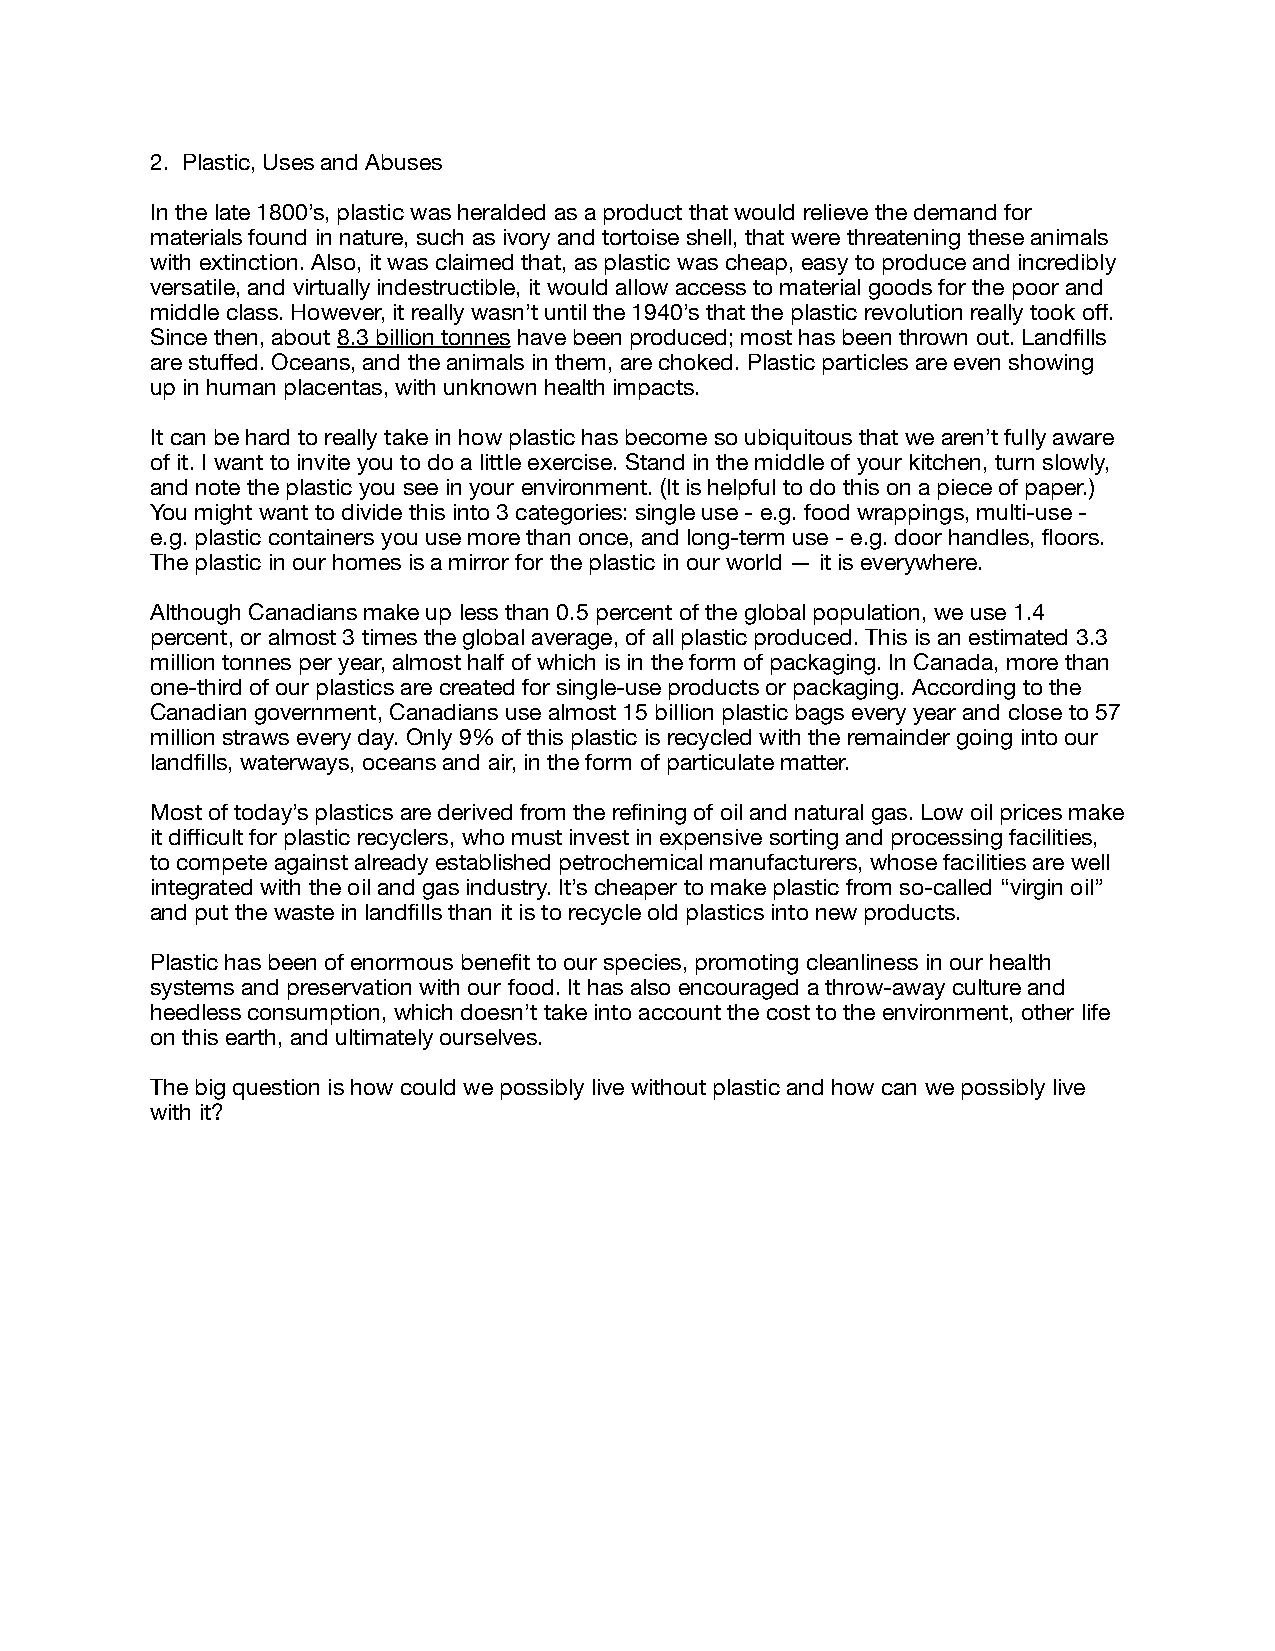
2. Plastic, Uses and Abuses
 In the late 1800’s, plastic was heralded as a product that would relieve the demand for
 materials found in nature, such as ivory and tortoise shell, that were threatening these animals
 with extinction. Also, it was claimed that, as plastic was cheap, easy to produce and incredibly
 versatile, and virtually indestructible, it would allow access to material goods for the poor and
 middle class. However, it really wasn’t until the 1940’s that the plastic revolution really took off.
 Since then, about 8.3 billion tonnes have been produced; most has been thrown out. Landfills
 are stuffed. Oceans, and the animals in them, are choked. Plastic particles are even showing
 up in human placentas, with unknown health impacts.
 It can be hard to really take in how plastic has become so ubiquitous that we aren’t fully aware
 of it. I want to invite you to do a little exercise. Stand in the middle of your kitchen, turn slowly,
 and note the plastic you see in your environment. (It is helpful to do this on a piece of paper.)
 You might want to divide this into 3 categories: single use - e.g. food wrappings, multi-use -
 e.g. plastic containers you use more than once, and long-term use - e.g. door handles, floors.
 The plastic in our homes is a mirror for the plastic in our world — it is everywhere.
 Although Canadians make up less than 0.5 percent of the global population, we use 1.4
 percent, or almost 3 times the global average, of all plastic produced. This is an estimated 3.3
 million tonnes per year, almost half of which is in the form of packaging. In Canada, more than
 one-third of our plastics are created for single-use products or packaging. According to the
 Canadian government, Canadians use almost 15 billion plastic bags every year and close to 57
 million straws every day. Only 9% of this plastic is recycled with the remainder going into our
 landfills, waterways, oceans and air, in the form of particulate matter.
 Most of today’s plastics are derived from the refining of oil and natural gas. Low oil prices make
 it difficult for plastic recyclers, who must invest in expensive sorting and processing facilities,
 to compete against already established petrochemical manufacturers, whose facilities are well
 integrated with the oil and gas industry. It’s cheaper to make plastic from so-called “virgin oil”
 and put the waste in landfills than it is to recycle old plastics into new products.
 Plastic has been of enormous benefit to our species, promoting cleanliness in our health
 systems and preservation with our food. It has also encouraged a throw-away culture and
 heedless consumption, which doesn’t take into account the cost to the environment, other life
 on this earth, and ultimately ourselves.
 The big question is how could we possibly live without plastic and how can we possibly live
 with it?